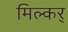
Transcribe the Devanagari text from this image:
मिल्कर्